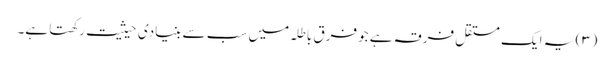
(۳) یہ ایک مستقل فرقہ ہے جو فرقِ باطلہ میں سب سے بنیادی حیثیت رکھتا ہے۔